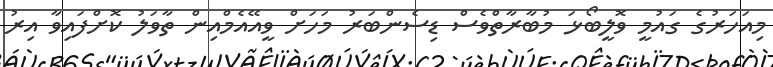
މިއަހަރުގެ ގައުމީ ވޮލީބޯޅަ މުބާރާތްވެސް ޑިސެންބަރު މަހަށް ވީއޭއެމްއިން ތާވަލު ކޮށްފައިވާ އިރު